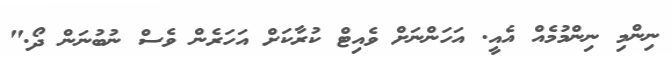
ނިންމި ނިންމުމެއް އެއީ. އަހަންނަށް ވެއިޓް ކުރާކަށް އަހަރެން ވެސް ނުބުނަން ދޯ."